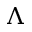
\Lambda